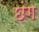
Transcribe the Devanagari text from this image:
छंग